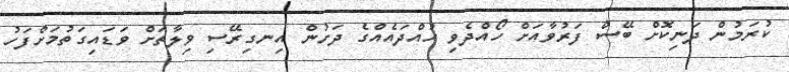
ކުރަމުން ދަނިކޮށް ބޭސް ފަރުވާއަށް ހޯއްދެވި ހުއްދައެއްގެ ދަށުން އިނގިރޭސި ވިލާތަށް ވަޑައިގަތުމަށްފަހު